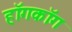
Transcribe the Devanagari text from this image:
हॉगकॉग